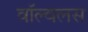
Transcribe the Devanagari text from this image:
वॉल्वलस